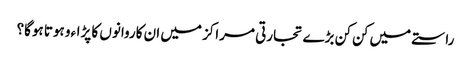
راستے میں کن کن بڑے تجارتی مراکز میں ان کاروانوں کا پڑاءو ہوتا ہوگا؟